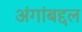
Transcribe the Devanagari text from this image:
अंगांबद्दल